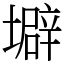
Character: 壀